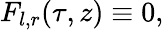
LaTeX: F_{l,r}(\tau,z)\equiv 0,